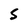
Character: S